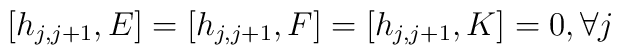
[h_{j,j+1}, E] = [h_{j,j+1}, F] = [h_{j,j+1}, K] = 0, \\\forall j